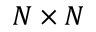
N \times N